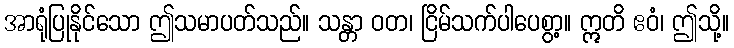
အာရုံပြုနိုင်သော ဤသမာပတ်သည်။ သန္တာ ဝတ၊ ငြိမ်သက်ပါပေစွာ့။ ဣတိ ဧဝံ၊ ဤသို့။